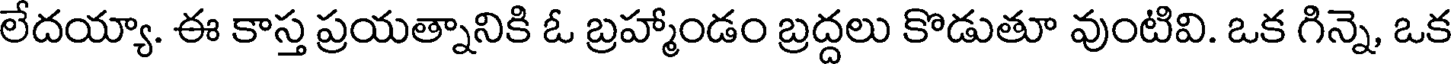
లేదయ్యా. ఈ కాస్త ప్రయత్నానికి ఓ బ్రహ్మాండం బ్రద్దలు కొడుతూ వుంటివి. ఒక గిన్నె, ఒక